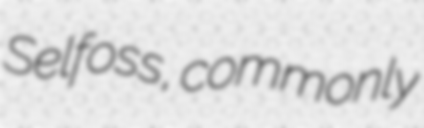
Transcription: Selfoss, commonly